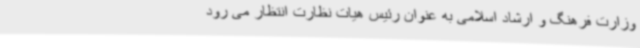
وزارت فرهنگ و ارشاد اسلامی به عنوان رئیس هیات نظارت انتظار می رود